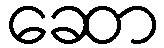
ဆော